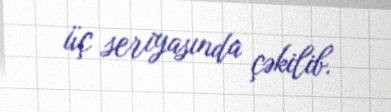
üç seriyasında çəkilib.